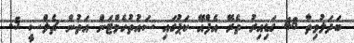
ބަދަލުވިތާ 48 ގަޑިއިރު ތެރޭ އެފްއޭ ކަޕުގައި ސައުތުހެމްޓަން އަތުން ޗެލްސީ 5-